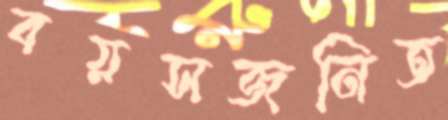
বয়সজনিত